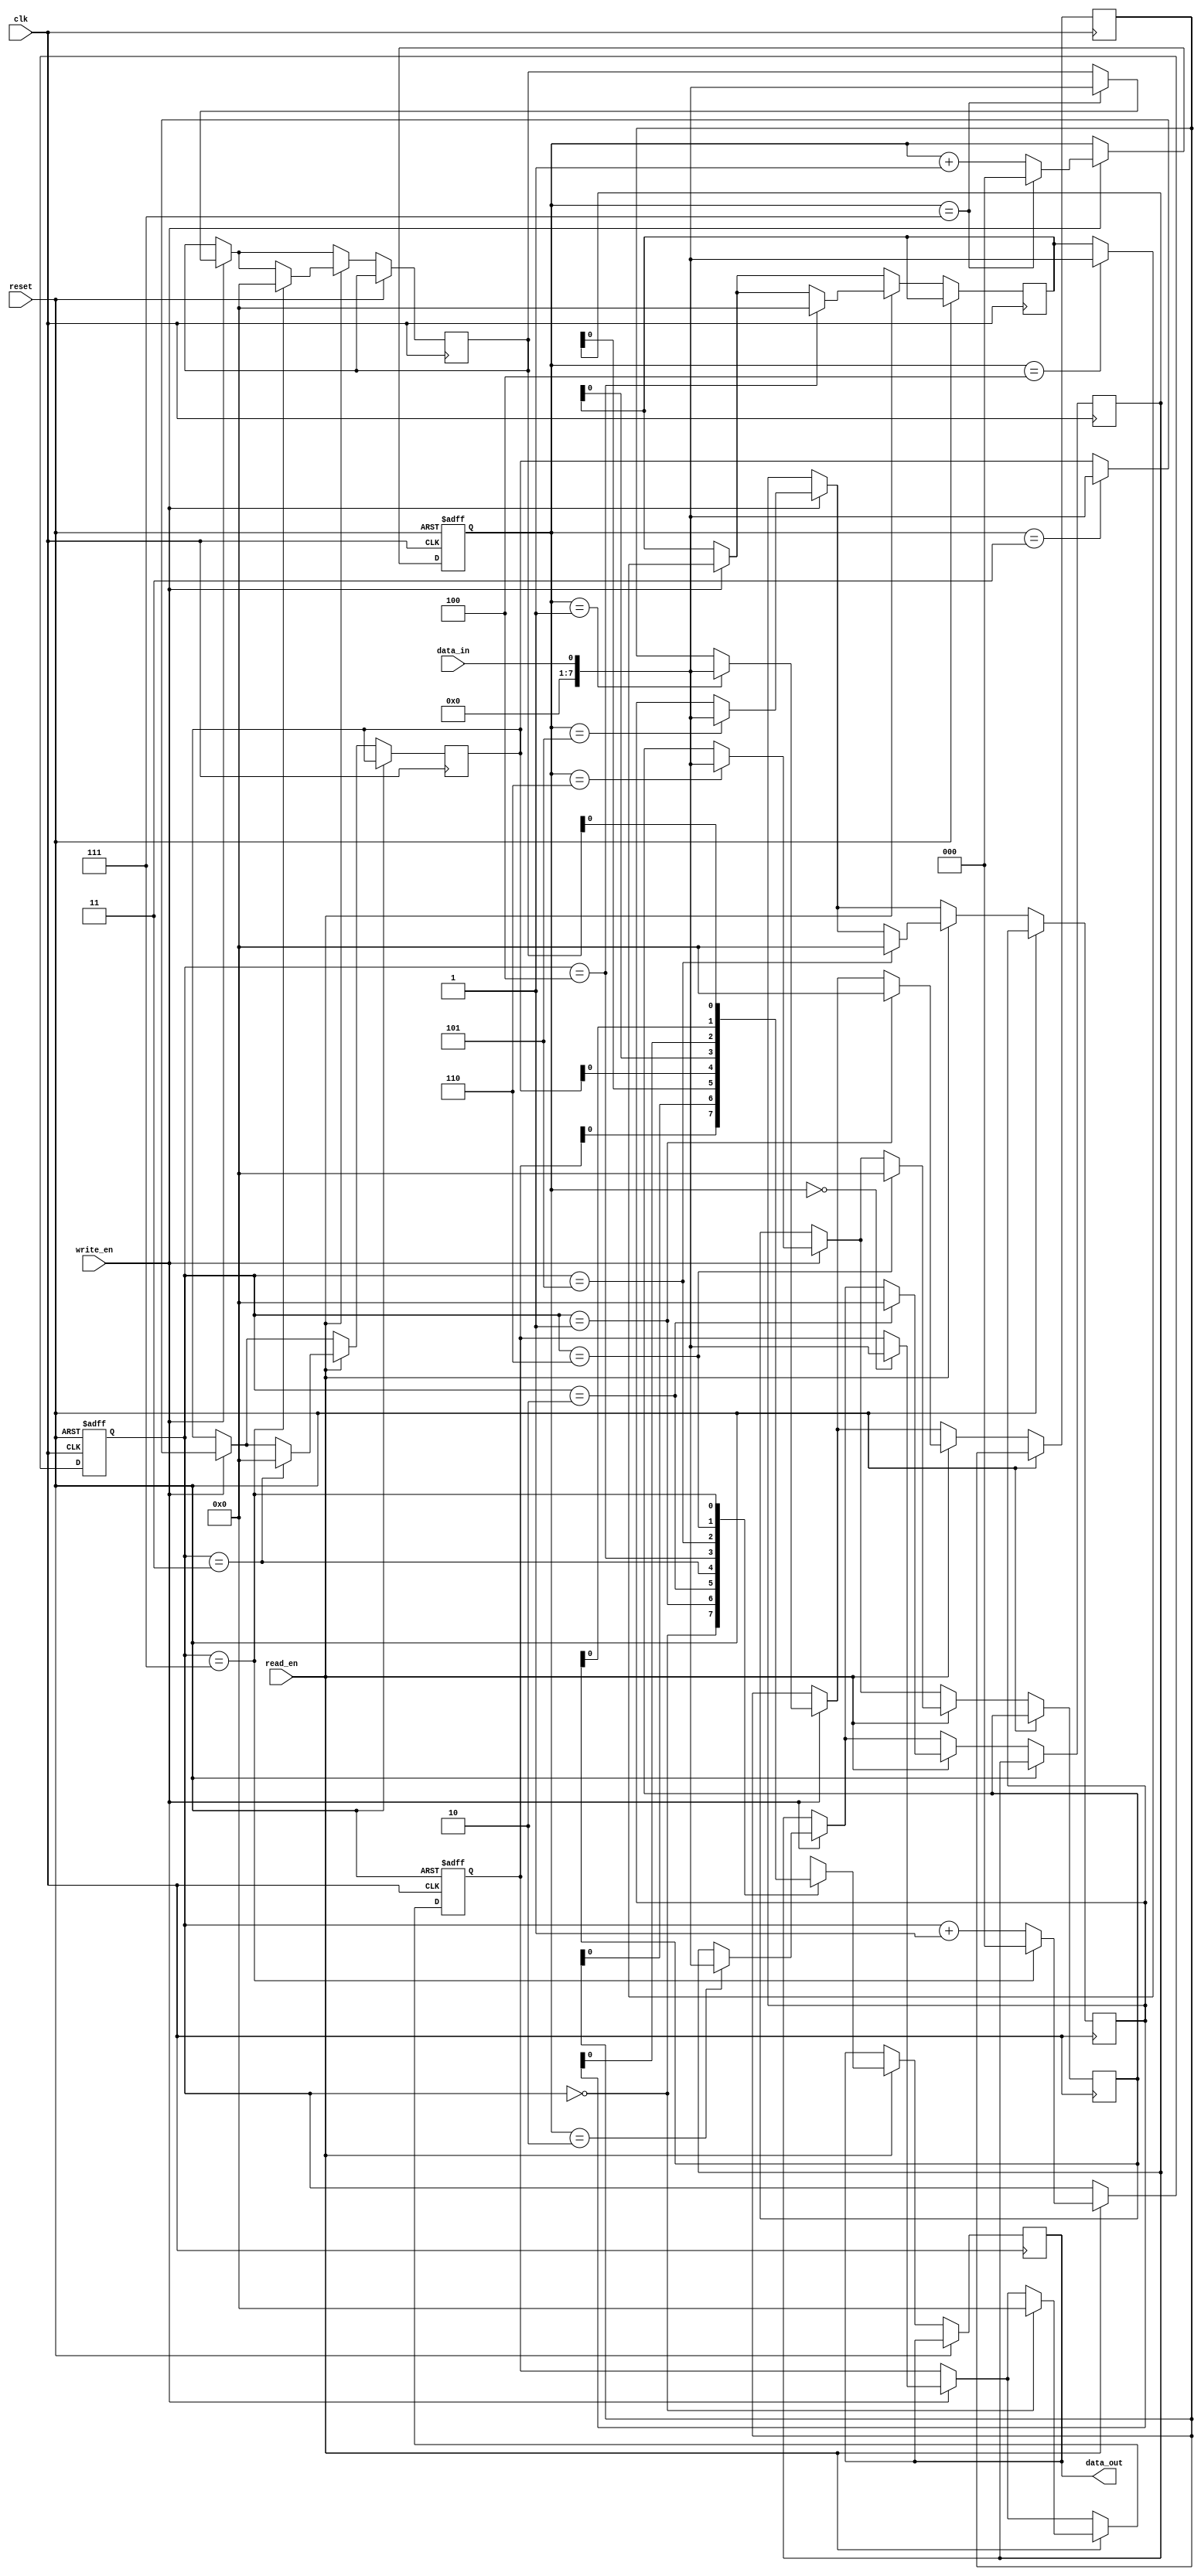
module fifo_buffer (
    input wire clk,             // Clock signal
    input wire reset,           // Reset signal
    input wire write_en,        // Write enable signal
    input wire read_en,         // Read enable signal
    input wire data_in,         // Input data
    output wire data_out         // Output data
);

reg [7:0] buffer [0:7];        // 8-byte FIFO buffer
reg [2:0] write_ptr, read_ptr; // Write and read pointers

always @(posedge clk or posedge reset) begin
    if (reset) begin
        write_ptr <= 3'b000;
        read_ptr <= 3'b000;
        buffer[0] <= 8'b0;
    end else begin
        if (write_en) begin
            buffer[write_ptr] <= data_in;
            write_ptr <= (write_ptr == 3'b111) ? 3'b000 : write_ptr + 1;
        end
        if (read_en) begin
            data_out <= buffer[read_ptr];
            buffer[read_ptr] <= 8'b0;
            read_ptr <= (read_ptr == 3'b111) ? 3'b000 : read_ptr + 1;
        end
    end
end

endmodule